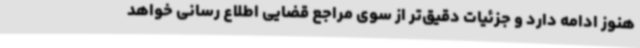
هنوز ادامه دارد و جزئیات دقیق‌تر از سوی مراجع قضایی اطلاع رسانی خواهد